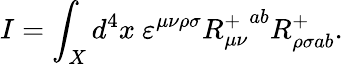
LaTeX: I=\int_{X}d^{4}x\ \varepsilon^{\mu\nu\rho\sigma}{R_{\mu\nu}^{+}}^{ab}R_{\rho\sigma ab}^{+}.